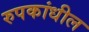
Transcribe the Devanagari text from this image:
रुपकांधील